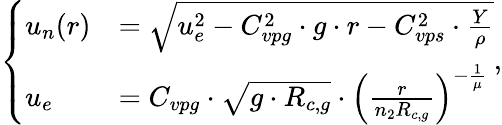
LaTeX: \left\{ \begin{array}{ll}{u_{n}(r)}&{=\sqrt{u_{e}^{2}-C_{vpg}^{2}\cdot g\cdot r-C_{vps}^{2}\cdot\frac{Y}{\rho}}}\\ {u_{e}}&{=C_{vpg}\cdot\sqrt{g\cdot R_{c,g}}\cdot\left(\frac{r}{n_{2}R_{c,g}}\right)^{-\frac{1}{\mu}}}\end{array}\right.\mathrm{,}